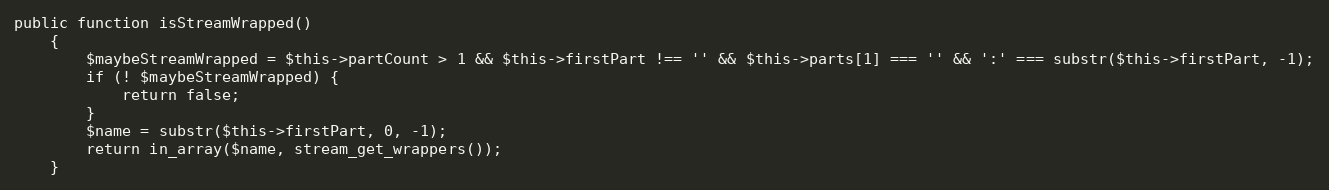
Language: PHP
public function isStreamWrapped()
	{
		$maybeStreamWrapped = $this->partCount > 1 && $this->firstPart !== '' && $this->parts[1] === '' && ':' === substr($this->firstPart, -1);
		if (! $maybeStreamWrapped) {
			return false;
		}
		$name = substr($this->firstPart, 0, -1);
		return in_array($name, stream_get_wrappers());
	}